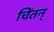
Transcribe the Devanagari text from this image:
चिंतन्